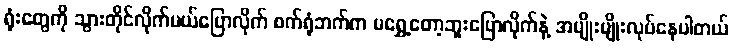
ရုံးတွေကို သွားတိုင်လိုက်မယ်ပြောလိုက် စက်ရုံဘက်က မရွှေ့တော့ဘူးပြောလိုက်နဲ့ အမျိုးမျိုးလုပ်နေပါတယ်